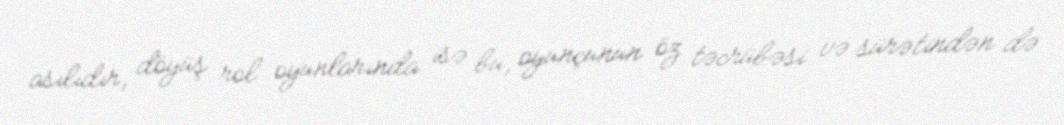
asılıdır, döyüş rol oyunlarında isə bu, oyunçunun öz təcrübəsi və sürətindən də